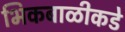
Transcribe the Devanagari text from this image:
भिकबाळीकडे